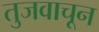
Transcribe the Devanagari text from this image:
तुजवाचून